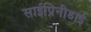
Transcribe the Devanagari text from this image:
साईप्रिनीडाई